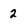
Character: 2